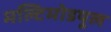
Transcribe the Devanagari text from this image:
मल्टिमोडयूल